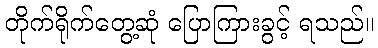
တိုက်ရိုက်တွေ့ဆုံ ပြောကြားခွင့် ရသည်။